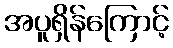
အပူရှိန်ကြောင့်